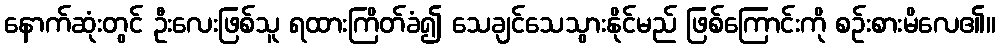
နောက်ဆုံးတွင် ဦးလေးဖြစ်သူ ရထားကြိတ်ခံ၍ သေချင်သေသွားနိုင်မည် ဖြစ်ကြောင်းကို စဉ်းစားမိလေ၏။